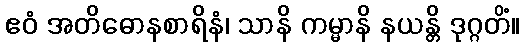
ဧဝံ အတိဓောနစာရိနံ၊ သာနိ ကမ္မာနိ နယန္တိ ဒုဂ္ဂတိံ။